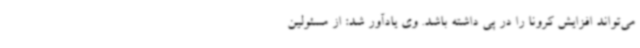
می‌تواند افزایش کرونا را در پی داشته باشد. وی یادآور شد: از مسئولین